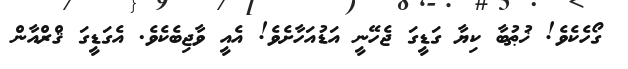
ގޯހެކެވެ! ޚުޠުބާ ކިޔާ ގަޑީގަ ޖެހޭނީ އަޑުއަހާށެވެ! އެއީ ވާޖިބެކެވެ. އެގަޑީގަ ޤްރްއާން